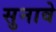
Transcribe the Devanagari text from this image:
सुनावे